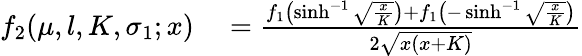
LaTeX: \begin{array}{rl}{f_{2}(\mu,l,K,\sigma_{1};x)}&{{}=\frac{f_{1}\left(\sinh^{-1}\sqrt{\frac xK}\right)+f_{1}\left(-\sinh^{-1}\sqrt{\frac xK}\right)}{2\sqrt{x(x+K)}}}\end{array}